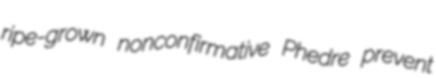
ripe-grown nonconfirmative Phedre prevent